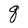
Character: q